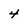
Character: 4